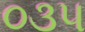
૦૩૫